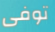
توفى